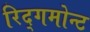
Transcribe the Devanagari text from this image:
रिद्गमोन्ट